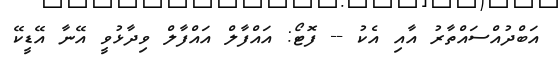
އަބްދުއްސައްތާރު އާއި އެކު -- ފޮޓޯ: އައްފާލް އައްފާލް ވިދާޅުވީ އޭނާ އޭޑީކޭ